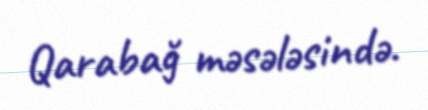
Qarabağ məsələsində.